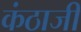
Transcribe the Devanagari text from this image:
कंठाजी